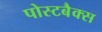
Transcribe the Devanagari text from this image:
पोस्टबैक्स